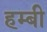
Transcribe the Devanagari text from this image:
हम्बी